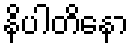
နိပါတိနော